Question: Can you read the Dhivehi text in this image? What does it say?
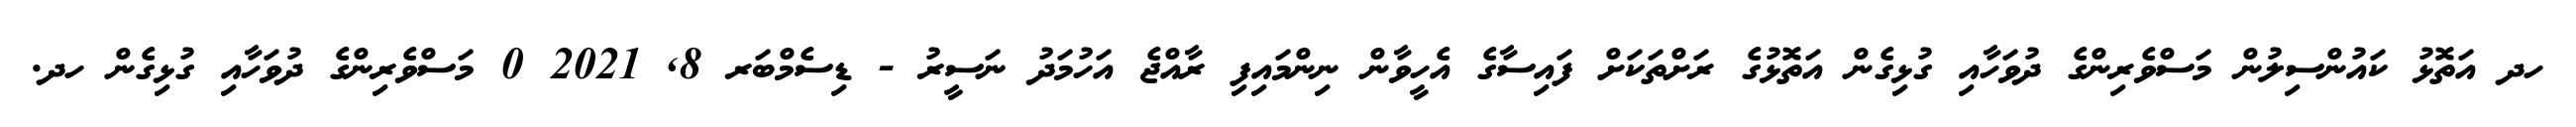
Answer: ހދ އަތޮޅު ކައުންސިލުން މަސްވެރިންގެ ދުވަހާއި ގުޅިގެން އަތޮޅުގެ ރަށްތަކަށް ފައިސާގެ އެހީވާން ނިންމައިފި ރާއްޖެ އަހުމަދު ނަސީރު - ޑިސެމްބަރ 8, 2021 0 މަސްވެރިންގެ ދުވަހާއި ގުޅިގެން ހދ.